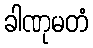
ခါဏုမတံ